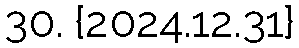
30. {2024.12.31}